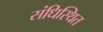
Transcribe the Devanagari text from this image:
संधिस्थित